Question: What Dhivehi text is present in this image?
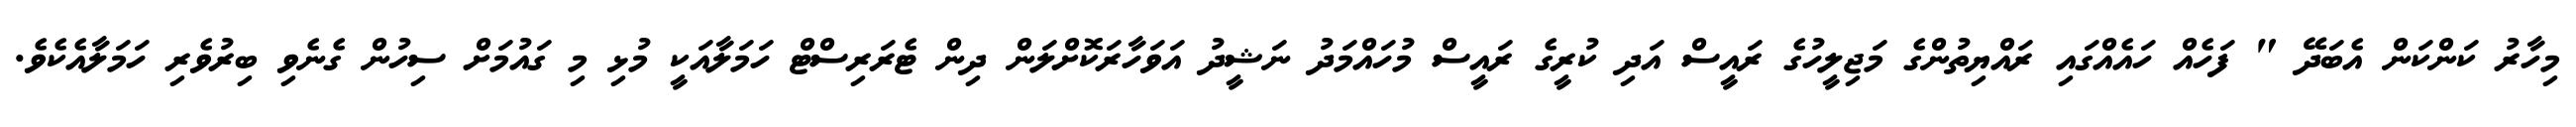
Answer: މިހާރު ކަންކަން އެބަދޭ " ފަހެއް ހައެއްގައި ރައްޔިތުންގެ މަޖިލީހުގެ ރައީސް އަދި ކުރީގެ ރައީސް މުހައްމަދު ނަޝީދު އަވަހާރަކޮށްލަން ދިން ޓެރަރިސްޓް ހަމަލާއަކީ މުޅި މި ގައުމަށް ސިހުން ގެނެވި ބިރުވެރި ހަމަލާއެކެވެ.